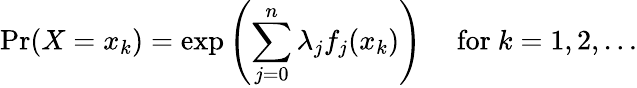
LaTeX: \Pr(X=x_{k})=\exp\left(\sum_{j=0}^{n}\lambda_{j}f_{j}(x_{k})\right)\quad{\mathrm{~for~}}k=1,2,\ldots